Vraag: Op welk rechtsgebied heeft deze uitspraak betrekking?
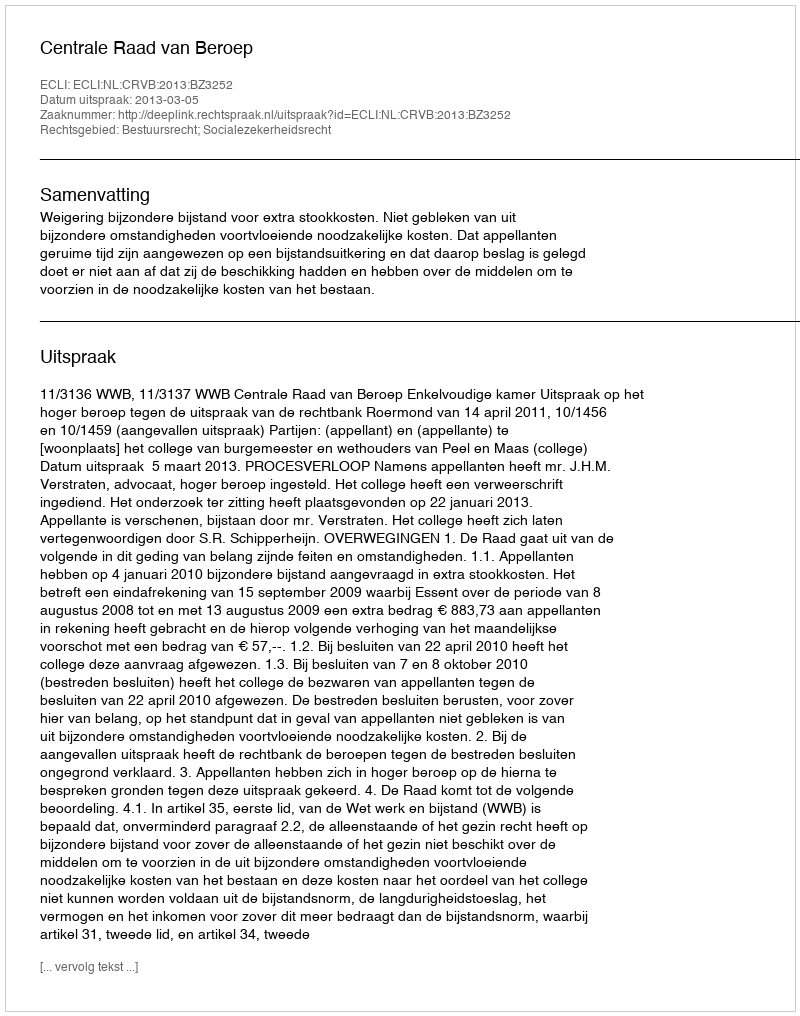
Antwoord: Bestuursrecht; Socialezekerheidsrecht